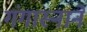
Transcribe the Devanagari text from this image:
गंगास्नानें